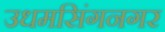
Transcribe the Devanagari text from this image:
उधमसिंगनगर